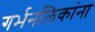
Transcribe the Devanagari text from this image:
गर्भनलिकांना